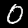
Digit: 0